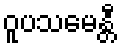
ဝူပသမေန္တီ